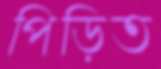
পিড়িত